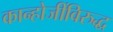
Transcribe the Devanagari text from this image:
कान्होजींविरुद्ध